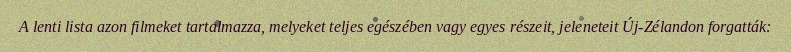
A lenti lista azon filmeket tartalmazza, melyeket teljes egészében vagy egyes részeit, jeleneteit Új-Zélandon forgatták: